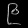
Digit: ၉